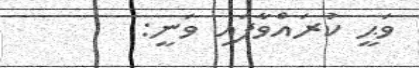
ވަޙީ ކުރައްވާފައި ވަނީ: